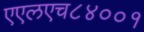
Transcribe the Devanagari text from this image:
एएलएच८४००१